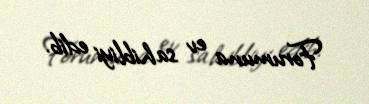
Forumuna ev sahibliyi edib.